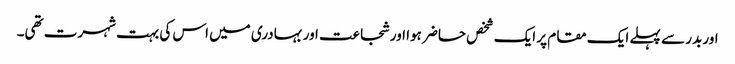
اور بدر سے پہلے ایک مقام پر ایک شخص حاضر ہوا اور شجاعت اور بہادری میں اس کی بہت شہرت تھی۔